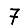
Digit: 7